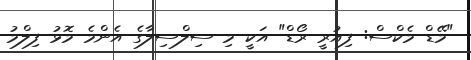
"މޭޑް މެކްސް: ފިއުރީ ރޯޑް" އަކީ މި ސިލްސިލާގެ އެންމެ މޮޅު ފިލްމު